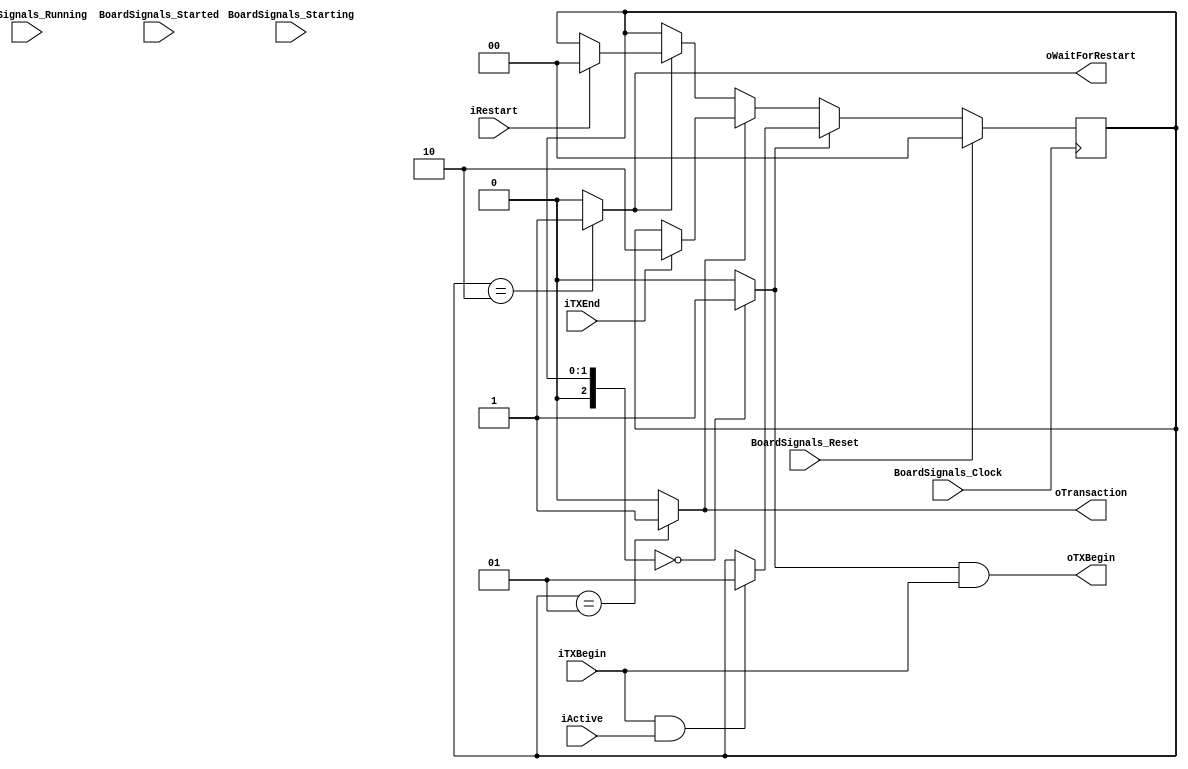
`timescale 1ns/1ps
`default_nettype none
// PLEASE READ THIS, IT MAY SAVE YOU SOME TIME AND MONEY, THANK YOU!
// * This file was generated by Quokka FPGA Toolkit.
// * Generated code is your property, do whatever you want with it
// * Place custom code between [BEGIN USER ***] and [END USER ***].
// * CAUTION: All code outside of [USER] scope is subject to regeneration.
// * Bad things happen sometimes in developer's life,
//   it is recommended to use source control management software (e.g. git, bzr etc) to keep your custom code safe'n'sound.
// * Internal structure of code is subject to change.
//   You can use some of signals in custom code, but most likely they will not exist in future (e.g. will get shorter or gone completely)
// * Please send your feedback, comments, improvement ideas etc. to evmuryshkin@gmail.com
// * Visit https://github.com/EvgenyMuryshkin/QuokkaEvaluation to access latest version of playground
//
// DISCLAIMER:
//   Code comes AS-IS, it is your responsibility to make sure it is working as expected
//   no responsibility will be taken for any loss or damage caused by use of Quokka toolkit.
//
// System configuration name is AXISoCTestModule_TopLevel_Interconnect_writeInterconnect_TransactionDetectors0, clock frequency is 1Hz, Embedded
// FSM summary
// -- Packages
module AXISoCTestModule_TopLevel_Interconnect_writeInterconnect_TransactionDetectors0
(
	// [BEGIN USER PORTS]
	// [END USER PORTS]
	input wire BoardSignals_Clock,
	input wire BoardSignals_Reset,
	input wire BoardSignals_Running,
	input wire BoardSignals_Starting,
	input wire BoardSignals_Started,
	input wire iActive,
	input wire iRestart,
	input wire iTXBegin,
	input wire iTXEnd,
	output wire oTransaction,
	output wire oTXBegin,
	output wire oWaitForRestart
);
	// [BEGIN USER SIGNALS]
	// [END USER SIGNALS]
	localparam HiSignal = 1'b1;
	localparam LoSignal = 1'b0;
	wire Zero = 1'b0;
	wire One = 1'b1;
	wire true = 1'b1;
	wire false = 1'b0;
	wire [1: 0] TransactionDetectorModule_L36F9L52T10_TransactionDetectorModule_L37F13L51T14_TransactionDetectorModule_L39F22T46_Expr = 2'b00;
	wire [1: 0] TransactionDetectorModule_L36F9L52T10_TransactionDetectorModule_L37F13L51T14_TransactionDetectorModule_L41F44T69_Expr = 2'b01;
	wire [1: 0] TransactionDetectorModule_L36F9L52T10_TransactionDetectorModule_L37F13L51T14_TransactionDetectorModule_L43F22T47_Expr = 2'b01;
	wire [1: 0] TransactionDetectorModule_L36F9L52T10_TransactionDetectorModule_L37F13L51T14_TransactionDetectorModule_L45F44T77_Expr = 2'b10;
	wire [1: 0] TransactionDetectorModule_L36F9L52T10_TransactionDetectorModule_L37F13L51T14_TransactionDetectorModule_L47F22T55_Expr = 2'b10;
	wire [1: 0] TransactionDetectorModule_L36F9L52T10_TransactionDetectorModule_L37F13L51T14_TransactionDetectorModule_L49F44T68_Expr = 2'b00;
	wire [1: 0] TransactionDetectorModule_L32F53T78_Expr = 2'b01;
	wire [1: 0] TransactionDetectorModule_L31F49T73_Expr = 2'b00;
	wire [1: 0] TransactionDetectorModule_L33F56T89_Expr = 2'b10;
	wire Inputs_iActive;
	wire Inputs_iRestart;
	wire Inputs_iTXBegin;
	wire Inputs_iTXEnd;
	reg [1: 0] NextState_Status;
	reg [1: 0] State_Status = 2'b00;
	wire [1: 0] State_StatusDefault = 2'b00;
	wire TransactionDetectorModule_L36F9L52T10_TransactionDetectorModule_L37F13L51T14_TransactionDetectorModule_L40F25T58_Expr;
	wire TransactionDetectorModule_L36F9L52T10_TransactionDetectorModule_L37F13L51T14_TransactionDetectorModule_L40F25T58_Expr_1;
	wire TransactionDetectorModule_L36F9L52T10_TransactionDetectorModule_L37F13L51T14_TransactionDetectorModule_L40F25T58_Expr_2;
	wire TransactionDetectorModule_L31F33T92_Expr;
	wire TransactionDetectorModule_L31F33T92_Expr_1;
	wire TransactionDetectorModule_L31F33T92_Expr_2;
	wire TransactionDetectorModule_L36F9L52T10_TransactionDetectorModule_L37F13L51T14_TransactionDetectorModule_L39F17L42T27_Case;
	wire signed [2: 0] TransactionDetectorModule_L36F9L52T10_TransactionDetectorModule_L37F13L51T14_TransactionDetectorModule_L39F17L42T27_CaseLhs;
	wire signed [2: 0] TransactionDetectorModule_L36F9L52T10_TransactionDetectorModule_L37F13L51T14_TransactionDetectorModule_L39F17L42T27_CaseRhs;
	wire TransactionDetectorModule_L36F9L52T10_TransactionDetectorModule_L37F13L51T14_TransactionDetectorModule_L43F17L46T27_Case;
	wire signed [2: 0] TransactionDetectorModule_L36F9L52T10_TransactionDetectorModule_L37F13L51T14_TransactionDetectorModule_L43F17L46T27_CaseLhs;
	wire signed [2: 0] TransactionDetectorModule_L36F9L52T10_TransactionDetectorModule_L37F13L51T14_TransactionDetectorModule_L43F17L46T27_CaseRhs;
	wire TransactionDetectorModule_L36F9L52T10_TransactionDetectorModule_L37F13L51T14_TransactionDetectorModule_L47F17L50T27_Case;
	wire signed [2: 0] TransactionDetectorModule_L36F9L52T10_TransactionDetectorModule_L37F13L51T14_TransactionDetectorModule_L47F17L50T27_CaseLhs;
	wire signed [2: 0] TransactionDetectorModule_L36F9L52T10_TransactionDetectorModule_L37F13L51T14_TransactionDetectorModule_L47F17L50T27_CaseRhs;
	wire TransactionDetectorModule_L32F37T78_Expr;
	wire signed [2: 0] TransactionDetectorModule_L32F37T78_ExprLhs;
	wire signed [2: 0] TransactionDetectorModule_L32F37T78_ExprRhs;
	wire TransactionDetectorModule_L31F33T73_Expr;
	wire signed [2: 0] TransactionDetectorModule_L31F33T73_ExprLhs;
	wire signed [2: 0] TransactionDetectorModule_L31F33T73_ExprRhs;
	wire TransactionDetectorModule_L33F40T89_Expr;
	wire signed [2: 0] TransactionDetectorModule_L33F40T89_ExprLhs;
	wire signed [2: 0] TransactionDetectorModule_L33F40T89_ExprRhs;
	always @ (posedge BoardSignals_Clock)
	begin
		if ((BoardSignals_Reset == 1))
		begin
			State_Status <= State_StatusDefault;
		end
		else
		begin
			State_Status <= NextState_Status;
		end
	end
	assign TransactionDetectorModule_L36F9L52T10_TransactionDetectorModule_L37F13L51T14_TransactionDetectorModule_L39F17L42T27_Case = TransactionDetectorModule_L36F9L52T10_TransactionDetectorModule_L37F13L51T14_TransactionDetectorModule_L39F17L42T27_CaseLhs == TransactionDetectorModule_L36F9L52T10_TransactionDetectorModule_L37F13L51T14_TransactionDetectorModule_L39F17L42T27_CaseRhs ? 1'b1 : 1'b0;
	assign TransactionDetectorModule_L36F9L52T10_TransactionDetectorModule_L37F13L51T14_TransactionDetectorModule_L43F17L46T27_Case = TransactionDetectorModule_L36F9L52T10_TransactionDetectorModule_L37F13L51T14_TransactionDetectorModule_L43F17L46T27_CaseLhs == TransactionDetectorModule_L36F9L52T10_TransactionDetectorModule_L37F13L51T14_TransactionDetectorModule_L43F17L46T27_CaseRhs ? 1'b1 : 1'b0;
	assign TransactionDetectorModule_L36F9L52T10_TransactionDetectorModule_L37F13L51T14_TransactionDetectorModule_L47F17L50T27_Case = TransactionDetectorModule_L36F9L52T10_TransactionDetectorModule_L37F13L51T14_TransactionDetectorModule_L47F17L50T27_CaseLhs == TransactionDetectorModule_L36F9L52T10_TransactionDetectorModule_L37F13L51T14_TransactionDetectorModule_L47F17L50T27_CaseRhs ? 1'b1 : 1'b0;
	assign TransactionDetectorModule_L32F37T78_Expr = TransactionDetectorModule_L32F37T78_ExprLhs == TransactionDetectorModule_L32F37T78_ExprRhs ? 1'b1 : 1'b0;
	assign TransactionDetectorModule_L31F33T73_Expr = TransactionDetectorModule_L31F33T73_ExprLhs == TransactionDetectorModule_L31F33T73_ExprRhs ? 1'b1 : 1'b0;
	assign TransactionDetectorModule_L33F40T89_Expr = TransactionDetectorModule_L33F40T89_ExprLhs == TransactionDetectorModule_L33F40T89_ExprRhs ? 1'b1 : 1'b0;
	assign TransactionDetectorModule_L36F9L52T10_TransactionDetectorModule_L37F13L51T14_TransactionDetectorModule_L40F25T58_Expr = TransactionDetectorModule_L36F9L52T10_TransactionDetectorModule_L37F13L51T14_TransactionDetectorModule_L40F25T58_Expr_1 & TransactionDetectorModule_L36F9L52T10_TransactionDetectorModule_L37F13L51T14_TransactionDetectorModule_L40F25T58_Expr_2;
	assign TransactionDetectorModule_L31F33T92_Expr = TransactionDetectorModule_L31F33T92_Expr_1 & TransactionDetectorModule_L31F33T92_Expr_2;
	always @ (*)
	begin
		NextState_Status = State_Status;
		if ((TransactionDetectorModule_L36F9L52T10_TransactionDetectorModule_L37F13L51T14_TransactionDetectorModule_L39F17L42T27_Case == 1))
		begin
			if ((TransactionDetectorModule_L36F9L52T10_TransactionDetectorModule_L37F13L51T14_TransactionDetectorModule_L40F25T58_Expr == 1))
			begin
				NextState_Status = TransactionDetectorModule_L36F9L52T10_TransactionDetectorModule_L37F13L51T14_TransactionDetectorModule_L41F44T69_Expr;
			end
		end
		else if ((TransactionDetectorModule_L36F9L52T10_TransactionDetectorModule_L37F13L51T14_TransactionDetectorModule_L43F17L46T27_Case == 1))
		begin
			if ((Inputs_iTXEnd == 1))
			begin
				NextState_Status = TransactionDetectorModule_L36F9L52T10_TransactionDetectorModule_L37F13L51T14_TransactionDetectorModule_L45F44T77_Expr;
			end
		end
		else if ((TransactionDetectorModule_L36F9L52T10_TransactionDetectorModule_L37F13L51T14_TransactionDetectorModule_L47F17L50T27_Case == 1))
		begin
			if ((Inputs_iRestart == 1))
			begin
				NextState_Status = TransactionDetectorModule_L36F9L52T10_TransactionDetectorModule_L37F13L51T14_TransactionDetectorModule_L49F44T68_Expr;
			end
		end
	end
	assign TransactionDetectorModule_L36F9L52T10_TransactionDetectorModule_L37F13L51T14_TransactionDetectorModule_L39F17L42T27_CaseLhs = {
		1'b0,
		State_Status
	}
	;
	assign TransactionDetectorModule_L36F9L52T10_TransactionDetectorModule_L37F13L51T14_TransactionDetectorModule_L39F17L42T27_CaseRhs = {
		1'b0,
		TransactionDetectorModule_L36F9L52T10_TransactionDetectorModule_L37F13L51T14_TransactionDetectorModule_L39F22T46_Expr
	}
	;
	assign TransactionDetectorModule_L36F9L52T10_TransactionDetectorModule_L37F13L51T14_TransactionDetectorModule_L43F17L46T27_CaseLhs = {
		1'b0,
		State_Status
	}
	;
	assign TransactionDetectorModule_L36F9L52T10_TransactionDetectorModule_L37F13L51T14_TransactionDetectorModule_L43F17L46T27_CaseRhs = {
		1'b0,
		TransactionDetectorModule_L36F9L52T10_TransactionDetectorModule_L37F13L51T14_TransactionDetectorModule_L43F22T47_Expr
	}
	;
	assign TransactionDetectorModule_L36F9L52T10_TransactionDetectorModule_L37F13L51T14_TransactionDetectorModule_L47F17L50T27_CaseLhs = {
		1'b0,
		State_Status
	}
	;
	assign TransactionDetectorModule_L36F9L52T10_TransactionDetectorModule_L37F13L51T14_TransactionDetectorModule_L47F17L50T27_CaseRhs = {
		1'b0,
		TransactionDetectorModule_L36F9L52T10_TransactionDetectorModule_L37F13L51T14_TransactionDetectorModule_L47F22T55_Expr
	}
	;
	assign TransactionDetectorModule_L32F37T78_ExprLhs = {
		1'b0,
		State_Status
	}
	;
	assign TransactionDetectorModule_L32F37T78_ExprRhs = {
		1'b0,
		TransactionDetectorModule_L32F53T78_Expr
	}
	;
	assign TransactionDetectorModule_L31F33T73_ExprLhs = {
		1'b0,
		State_Status
	}
	;
	assign TransactionDetectorModule_L31F33T73_ExprRhs = {
		1'b0,
		TransactionDetectorModule_L31F49T73_Expr
	}
	;
	assign TransactionDetectorModule_L33F40T89_ExprLhs = {
		1'b0,
		State_Status
	}
	;
	assign TransactionDetectorModule_L33F40T89_ExprRhs = {
		1'b0,
		TransactionDetectorModule_L33F56T89_Expr
	}
	;
	assign TransactionDetectorModule_L36F9L52T10_TransactionDetectorModule_L37F13L51T14_TransactionDetectorModule_L40F25T58_Expr_1 = Inputs_iTXBegin;
	assign TransactionDetectorModule_L36F9L52T10_TransactionDetectorModule_L37F13L51T14_TransactionDetectorModule_L40F25T58_Expr_2 = Inputs_iActive;
	assign TransactionDetectorModule_L31F33T92_Expr_1 = TransactionDetectorModule_L31F33T73_Expr;
	assign TransactionDetectorModule_L31F33T92_Expr_2 = Inputs_iTXBegin;
	assign Inputs_iActive = iActive;
	assign Inputs_iRestart = iRestart;
	assign Inputs_iTXBegin = iTXBegin;
	assign Inputs_iTXEnd = iTXEnd;
	assign oTransaction = TransactionDetectorModule_L32F37T78_Expr;
	assign oTXBegin = TransactionDetectorModule_L31F33T92_Expr;
	assign oWaitForRestart = TransactionDetectorModule_L33F40T89_Expr;
	// [BEGIN USER ARCHITECTURE]
	// [END USER ARCHITECTURE]
endmodule